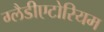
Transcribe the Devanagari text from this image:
ग्लैडीएटोरियम